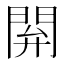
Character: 閞